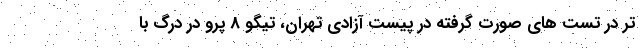
تر در تست های صورت گرفته در پیست آزادی تهران، تیگو 8 پرو در درگ با